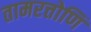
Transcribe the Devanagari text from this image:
तामरत्तोणि